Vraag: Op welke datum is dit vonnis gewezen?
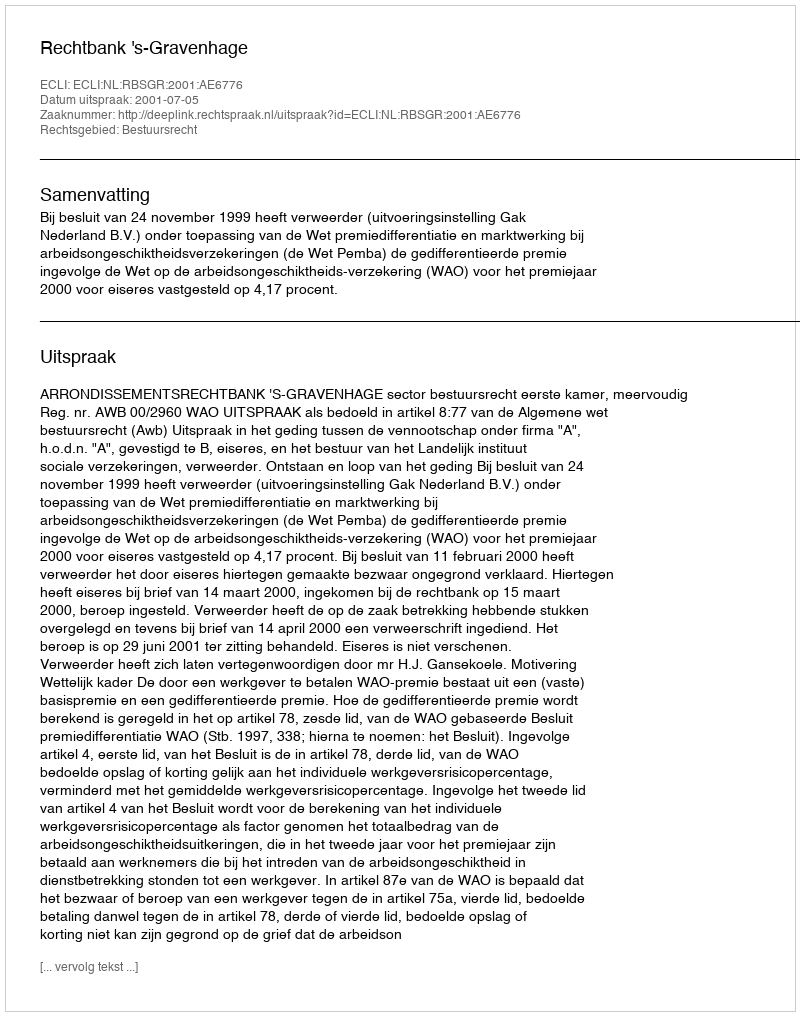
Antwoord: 2001-07-05